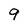
Character: 9